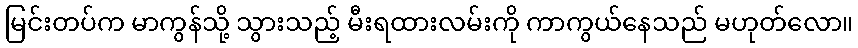
မြင်းတပ်က မာကွန်သို့ သွားသည့် မီးရထားလမ်းကို ကာကွယ်နေသည် မဟုတ်လော။